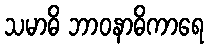
သမာဓိ ဘာဝနာဓိကာရေ